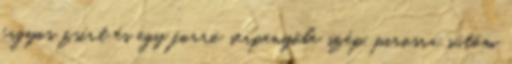
fagyos zsírt és egy forró serpenyőbe szép, pirosra sütöm